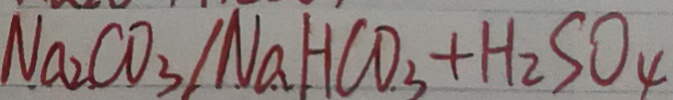
N a _ { 2 } C O _ { 3 } / N a H C O _ { 3 } + H _ { 2 } S O _ { 4 }